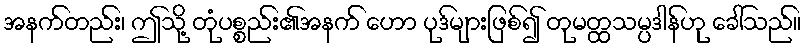
အနက်တည်း၊ ဤသို့ တုံပစ္စည်း၏အနက် ဟော ပုဒ်များဖြစ်၍ တုမတ္ထသမ္ပဒါန်ဟု ခေါ်သည်။